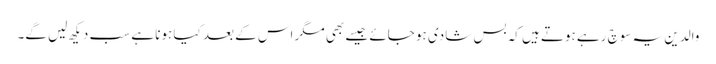
والدین یہ سوچ رہے ہوتے ہیں کہ بس شادی ہو جائے جیسے بھی مگر اس کے بعد کیا ہونا ہے سب دیکھ لیں گے۔